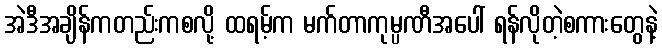
အဲဒီအချိန်ကတည်းကစလို့ ထရမ့်က မက်တာကုမ္ပဏီအပေါ် ရန်လိုတဲ့စကားတွေနဲ့